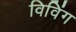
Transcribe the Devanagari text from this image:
विविंग